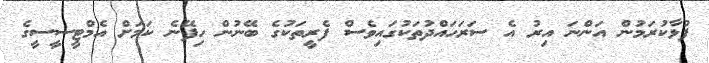
ފުޅާކުރަމުން އަންނަ އިރު އެ ސަރަހައްދުތަކުގައިވެސް ފެރީތަކުގެ ބޭނުން ހިފޭނެ ކަމަށް އެމްޓީސީސީގެ